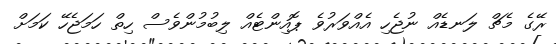
ރޭގެ މެޗް ލަނޑެއް ނުޖެހި އެއްވަރުވެ ޕޮއިންޓެއް ލިބުމުންވެސް ހިތް ހަމަޖެހޭ ކަމަށް